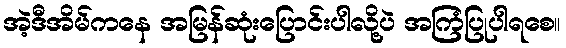
အဲ့ဒီအိမ်ကနေ အမြန်ဆုံးပြောင်းပါလို့ပဲ အကြံပြုပါရစေ။